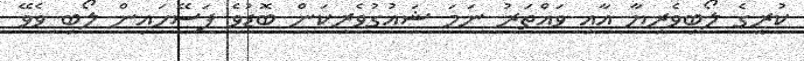
ކުރީގެ ލޯބިވެރިޔާ އާއި ވައްތަރު ނަމަ ޝައުގުވެރިކަން ބޮޑުވެ ފަސޭހައިން ލޯބި ވެވޭ